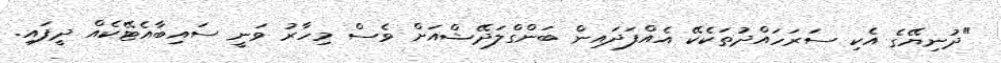
"ދުނިޔޭގެ އެކި ސަރަހައްދުތަކެކޭ އެއްފަދައިން ބަންގްލަދޭޝްއަށް ވެސް މިހާރު ވަނީ ސައިބާއެޓޭކެއް ދީފައި.